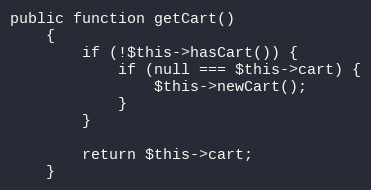
Language: PHP
public function getCart()
    {
        if (!$this->hasCart()) {
            if (null === $this->cart) {
                $this->newCart();
            }
        }

        return $this->cart;
    }